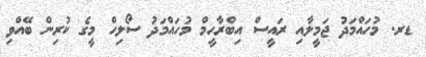
ޑރ. މުހައްމަދު ޖަމީލާއި ރައީސް އިބްރާހީމް މުހައްމަދު ސޯލިހް މީގެ ކުރިން ބޭއްވި